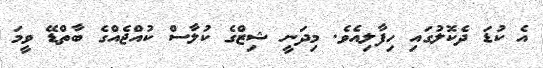
އެ ކުޑަ ދެކޮލުގައި ހިފާލިއެވެ. މިދަނީ ޝިޒްގެ ކުލާސް ކުއްޖެއްގެ ބާތްޑޭ ވީމަ